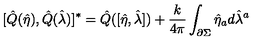
[ \hat { Q } ( \hat { \eta } ) , \hat { Q } ( \hat { \lambda } ) ] ^ { * } = \hat { Q } ( [ \hat { \eta } , \hat { \lambda } ] ) + { \frac { k } { 4 \pi } } \int _ { \partial \Sigma } \hat { \eta } _ { a } d \hat { \lambda } ^ { a }